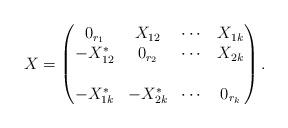
LaTeX: \begin{align*}X=\begin{pmatrix} 0_{r_1} & X_{1 2} & \cdots & X_{1 k} \\ -X^*_{1 2} & 0_{r_2} & \cdots & X_{2 k} \\\\ -X^*_{1 k}& -X^*_{2 k} & \cdots & 0_{r_k}\end{pmatrix}.\end{align*}